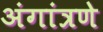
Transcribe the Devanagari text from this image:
अंगांत्रणे